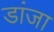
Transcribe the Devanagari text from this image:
डांजा